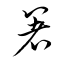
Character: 箸